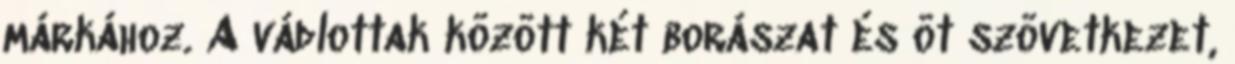
márkához. A vádlottak között két borászat és öt szövetkezet,